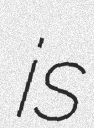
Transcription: is